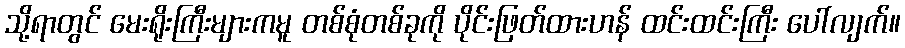
သို့ရာတွင် မေးရိုးကြီးများကမူ တစ်စုံတစ်ခုကို ပိုင်းဖြတ်ထားဟန် ထင်းထင်းကြီး ပေါ်လျက်။